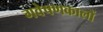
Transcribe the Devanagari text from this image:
गवेषणकालों